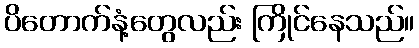
ပိတောက်နံ့တွေလည်း ကြိုင်နေသည်။